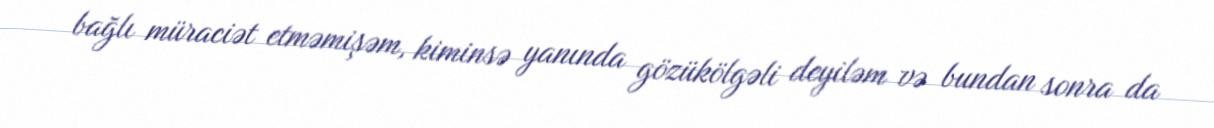
bağlı müraciət etməmişəm, kiminsə yanında gözükölgəli deyiləm və bundan sonra da